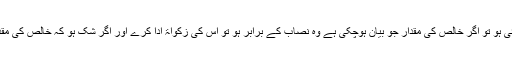
اگر سونا یا چاندی میں معمول سے زیادہ کوئی دھات ملی ہوئی ہو تو اگر خالص کی مقدار جو بیان ہوچکی ہے وہ نصاب کے برابر ہو تو اس کی زکواۃ ادا کرے اور اگر شک ہو کہ خالص کی مقدار نصاب کے برابر ہے یا نہیں تو اس پر زکواۃ واجب نہیں۔